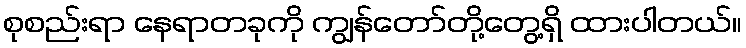
စုစည်းရာ နေရာတခုကို ကျွန်တော်တို့တွေ့ရှိ ထားပါတယ်။